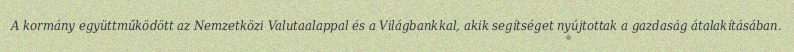
A kormány együttműködött az Nemzetközi Valutaalappal és a Világbankkal, akik segítséget nyújtottak a gazdaság átalakításában.